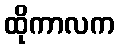
ထိုကာလက